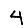
Digit: 4